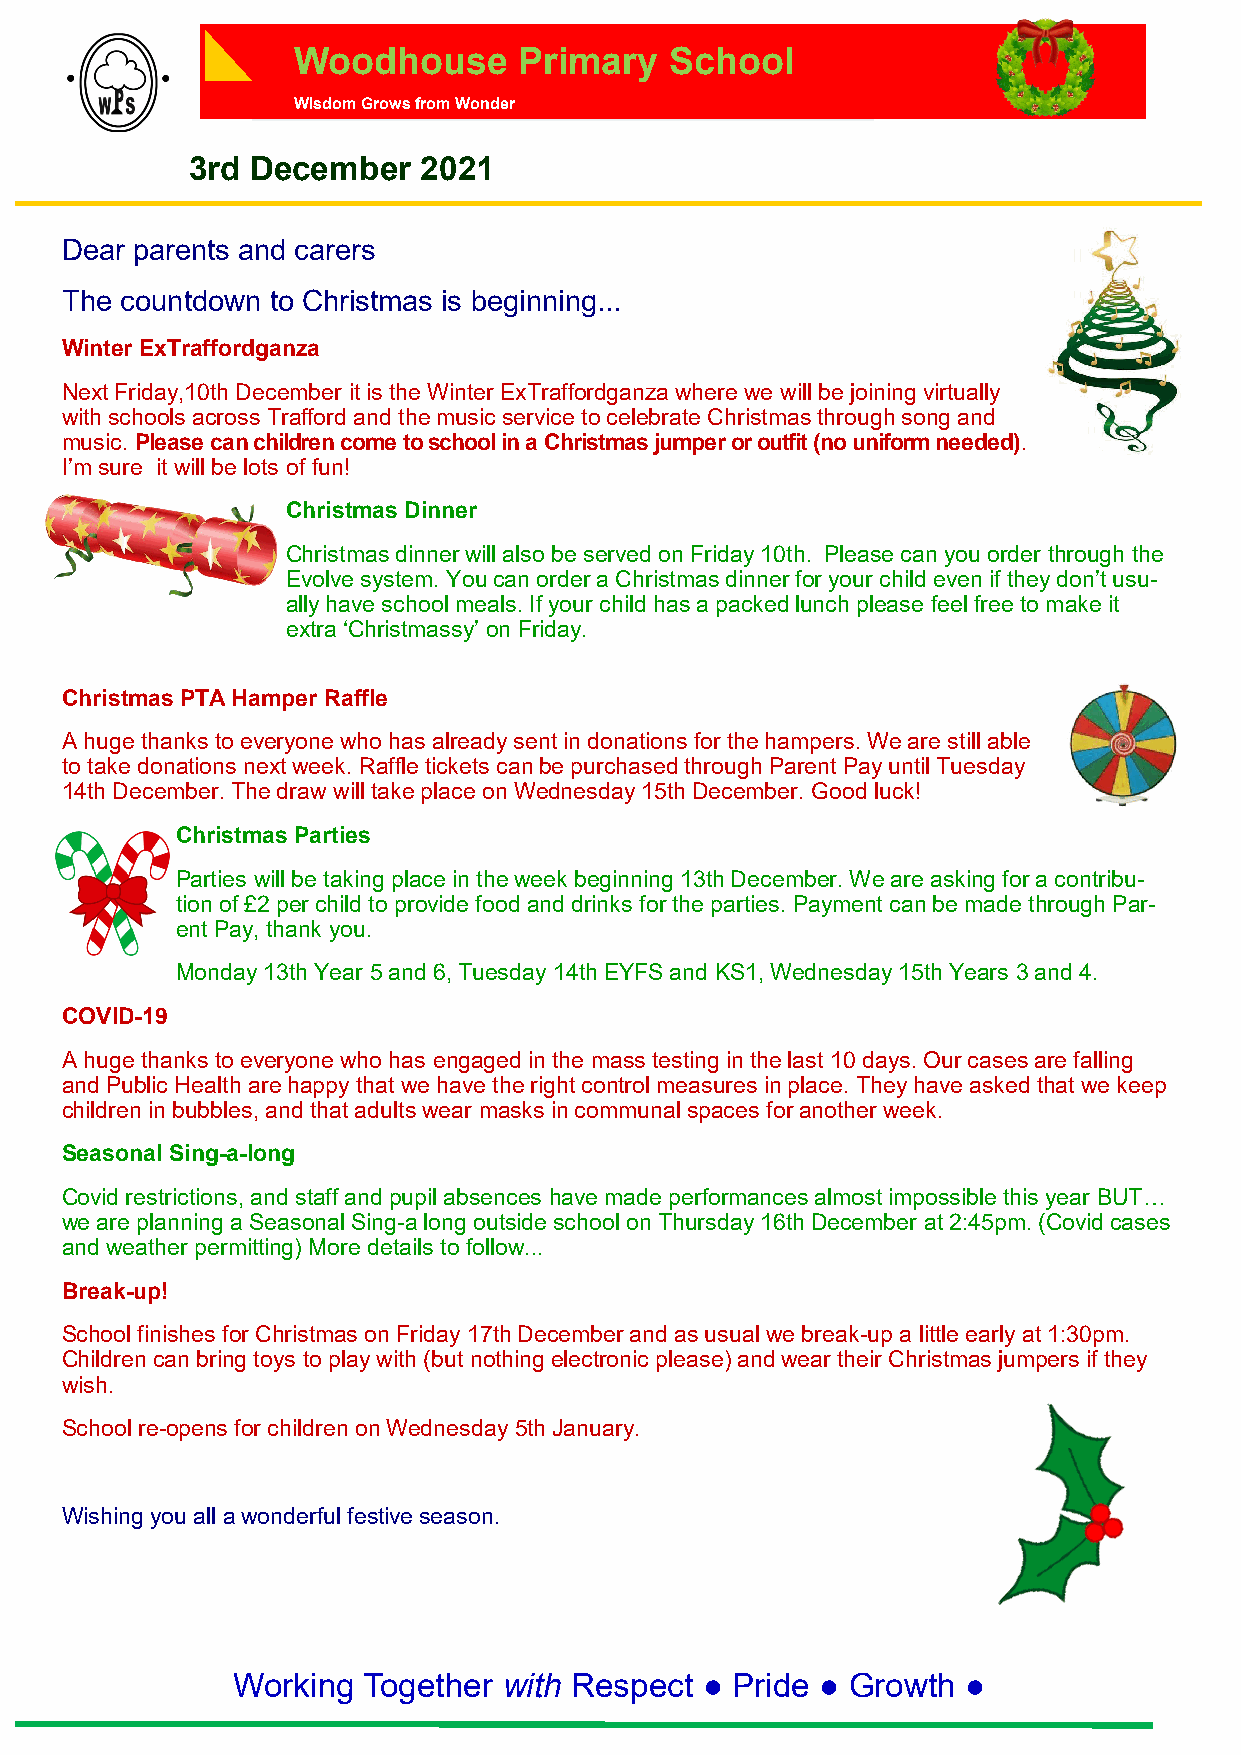
Woodhouse      Primary   School
 Wisdom Grows from Wonder
 3rd  December   2021
 Dear parents and carers
 The countdown to Christmas is beginning...
 Winter ExTraffordganza
 Next Friday,10th December it is the Winter ExTraffordganza where we will be joining virtually
 with schools across Trafford and the music service to celebrate Christmas through song and
 music. Please can children come to school in a Christmas jumper or outfit (no uniform needed).
 I’m sure it will be lots of fun!
 Christmas Dinner
 Christmas dinner will also be served on Friday 10th. Please can you order through the
 Evolve system. You can order a Christmas dinner for your child even if they don’t usu-
 ally have school meals. If your child has a packed lunch please feel free to make it
 extra ‘Christmassy’ on Friday.
 Christmas PTA Hamper Raffle
 A huge thanks to everyone who has already sent in donations for the hampers. We are still able
 to take donations next week. Raffle tickets can be purchased through Parent Pay until Tuesday
 14th December. The draw will take place on Wednesday 15th December. Good luck!
 Christmas Parties
 Parties will be taking place in the week beginning 13th December. We are asking for a contribu-
 tion of £2 per child to provide food and drinks for the parties. Payment can be made through Par-
 ent Pay, thank you.
 Monday 13th Year 5 and 6, Tuesday 14th EYFS and KS1, Wednesday 15th Years 3 and 4.
 COVID-19
 A huge thanks to everyone who has engaged in the mass testing in the last 10 days. Our cases are falling
 and Public Health are happy that we have the right control measures in place. They have asked that we keep
 children in bubbles, and that adults wear masks in communal spaces for another week.
 Seasonal Sing-a-long
 Covid restrictions, and staff and pupil absences have made performances almost impossible this year BUT…
 we are planning a Seasonal Sing-a long outside school on Thursday 16th December at 2:45pm. (Covid cases
 and weather permitting) More details to follow...
 Break-up!
 School finishes for Christmas on Friday 17th December and as usual we break-up a little early at 1:30pm.
 Children can bring toys to play with (but nothing electronic please) and wear their Christmas jumpers if they
 wish.
 School re-opens for children on Wednesday 5th January.
 Wishing you all a wonderful festive season.
 Working  Together with Respect ● Pride ● Growth  ●